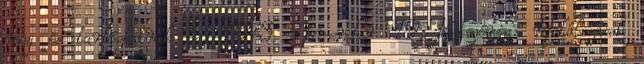
meg és tartóztatnak le. 1973. November 19 Kategória: Halálozások